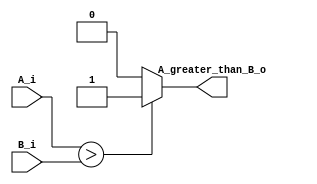
/*	
   ===================================================================
   Module Name  : Comparator Greater Than
      
   Filename     : comparatorGreaterThan.v
   Type         : Verilog Module
   
   Description  : This block compares two unsigned binary numbers.
                  A_greater_than_B_o output values:
                  
                  Value   Condition
                  
                  1'b1     A_i > B_i                  
                  1'b0     otherwise
                  
   -----------------------------------------------------------------------------
   Clocks      : -
   Reset       : -
   Parameters  :   
         NAME                         Comments                   Default
         ------------------------------------------------------------------------------
         DATA_WIDTH              Number of data bits                13 
         ------------------------------------------------------------------------------
   Version     : 1.0
   Data        : 14 Nov 2018
   Revision    : -
   Reviser     : -		
   ------------------------------------------------------------------------------
      Modification Log "please register all the modifications in this area"
      (D/M/Y)  
      
   ----------------------
   // Instance template
   ----------------------
   comparatorGreaterThan 
   #(
      .DATA_WIDTH   (),
   )
   "MODULE_NAME"
   (
      A_i            (),
      B_i            (), 
      A_greater_than_B_o()
   );
*/

module comparatorGreaterThan
#(
   parameter DATA_WIDTH = 13
)(
	input [DATA_WIDTH-1:0] A_i,
	input [DATA_WIDTH-1:0] B_i, 
	output                 A_greater_than_B_o
);

assign A_greater_than_B_o = ( A_i > B_i ) ? 1'b1 :  1'b0;

endmodule